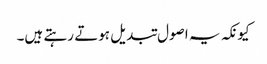
کیونکہ یہ اصول تبدیل ہوتے رہتے ہیں۔